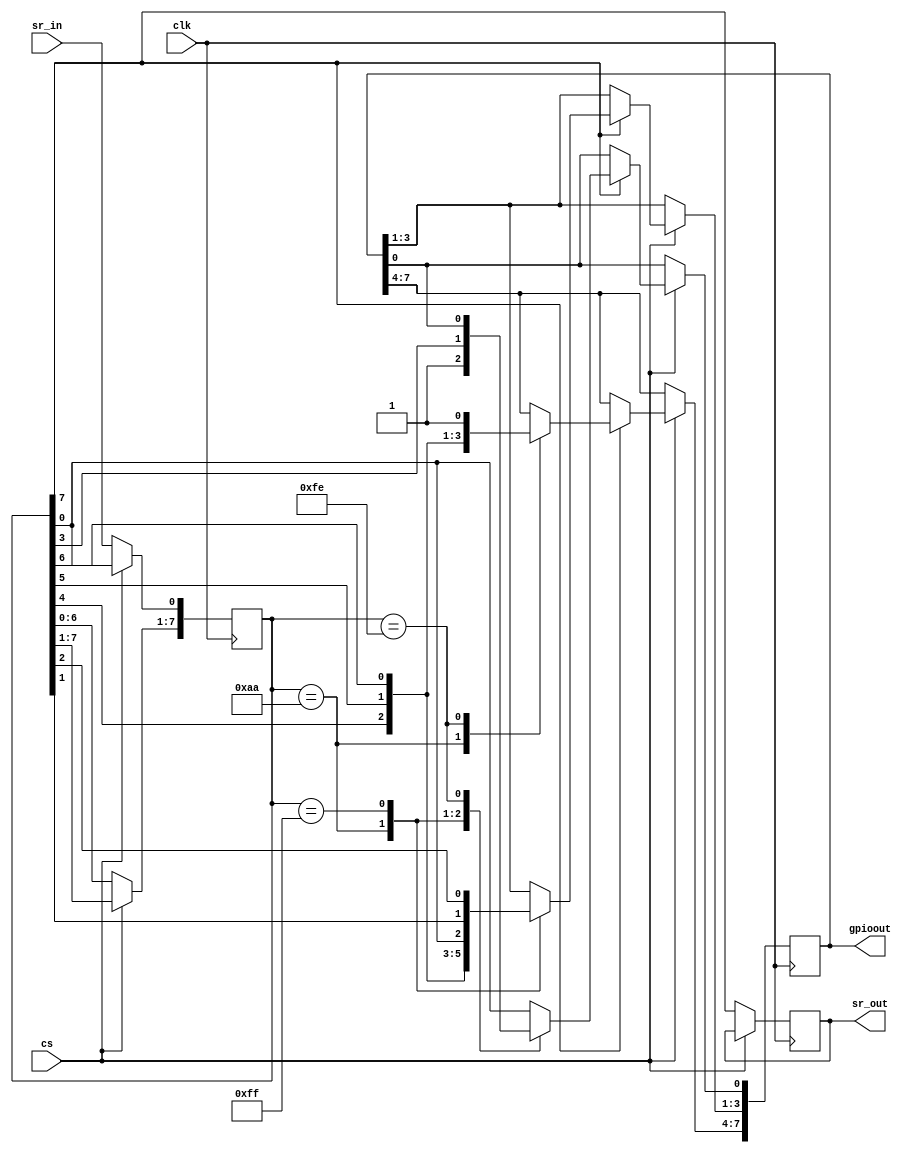
////////////////////////////////////////////////////////////////// ////
////                                                              ////
//// SPI SLAVE IP Core                                            ////
////                                                              ////
//// This file is part of the spislave project                     ////
//// http://www.opencores.org/project,spislave                    ////
////                                                              ////
//// Description                                                  ////
//// Implementation of spislave IP core according to              ////
//// spislave IP core specification document.                     ////
////                                                              ////
//// To Do:                                                       ////
////   -                                                          ////
////                                                              ////
//// Author(s):                                                   ////
////      - Sivakumar.B , email: siva@zilogic.com                 ////
////        Engineer  Zilogic systems,chennai. www.zilogic.com    ////
////                                                              ////
//////////////////////////////////////////////////////////////////////
////                                                              ////
//// Copyright (C) 2009 Zilogic Systems and OPENCORES.ORG         ////
////                                                              ////
//// This source file may be used and distributed without         ////
//// restriction provided that this copyright statement is not    ////
//// removed from the file and that any derivative work contains  ////
//// the original copyright notice and the associated disclaimer. ////
////                                                              ////
//// This source file is free software; you can redistribute it   ////
//// and/or modify it under the terms of the GNU Lesser General   ////
//// Public License as published by the Free Software Foundation; ////
//// either version 2.1 of the License, or (at your option) any   ////
//// later version.                                               ////
////                                                              ////
//// This source is distributed in the hope that it will be       ////
//// useful, but WITHOUT ANY WARRANTY; without even the implied   ////
//// warranty of MERCHANTABILITY or FITNESS FOR A PARTICULAR      ////
//// PURPOSE. See the GNU Lesser General Public License for more ////
//// details.                                                     ////
////                                                              ////
//// You should have received a copy of the GNU Lesser General    ////
//// Public License along with this source; if not, download it   ////
//// from http://www.opencores.org/lgpl.shtml                     ////
////                                                              ////
//////////////////////////////////////////////////////////////////////
////       RTL program for SPI GPIO -- shift 8 bit register       ////  

`define		P0_P9_OP	8'b10101010 //0xAA
`define		P0_P3_OP	8'b11111111 //0xFF
`define		P4_P7_OP	8'b11111110 //0xFE
 
module spigpio(clk, cs, sr_in, gpioout, sr_out);
  
	input clk, cs;
	input sr_in;
	output sr_out;
	output [7:0] gpioout;

	reg [7:0] gpioout;
	reg sr_out;
	
	wire rw;
	reg [7:0] sr;

	assign rw = sr[7];	
	
	always@(posedge clk )
	begin
		if (cs == 1'b0)
		begin 
			sr_out <= sr[7];
			sr[7:1] <= sr[6:0];
			sr[0] <= sr_in;
		end 		
		
		if (cs == 1'b1)
		begin 
		
			if (rw == 1'b1)
			begin 
			
				case (sr)
				`P0_P9_OP : gpioout[7:0] <= { sr[0], sr[1], sr[2], sr[3],
							      sr[4], sr[5], sr[6], sr[7]};
				`P0_P3_OP : gpioout[3:0] <= {sr[0], sr[1], sr[2], sr[3]};
				`P4_P7_OP : gpioout[7:4] <= { sr[4], sr[5], sr[6], sr[7]};
				default   : gpioout[0] <= sr[0];
				endcase	
			end
	 	end
	end
endmodule